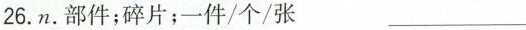
26.n. 部件；碎片；一件/个/张 ___